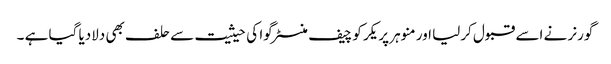
گورنر نے اسے قبول کرلیا اور منوہر پریکر کو چیف منسٹر گوا کی حیثیت سے حلف بھی دلادیا گیا ہے ۔